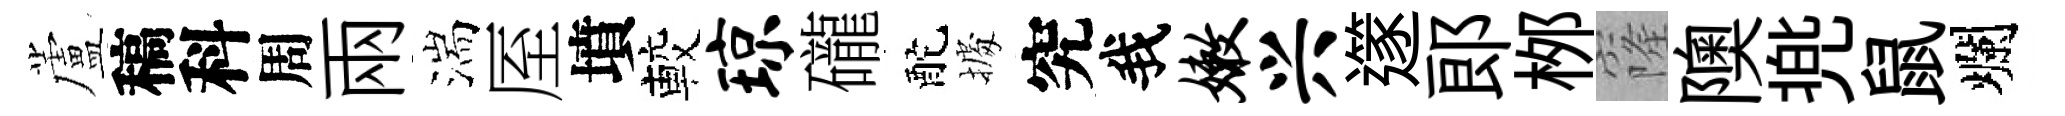
蘆稿科周兩湍厔墳較琼礲酡𢴃究我嫩兴𨗹郞桞窿隩兠鼠爛